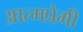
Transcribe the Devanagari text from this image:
आत्मप्रेमी